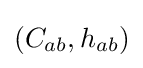
\left(C_{ab},h_{ab}\right)